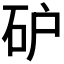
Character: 𰦩